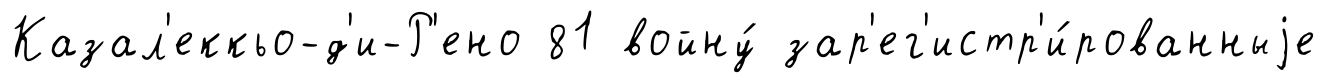
Казал'еккьо-д'и-Р'ено 81 войну́ зар'ег'истр'и́рованныjе